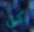
كل